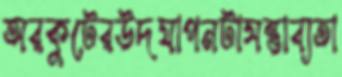
অরকুটেরউদযাপনটাসম্ভাব্যতা